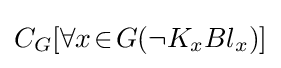
C_{G}[\forall x\!\in \!G(\neg K_{x}Bl_{x})]